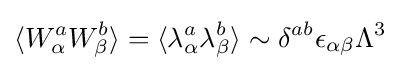
\langle W_{\alpha }^{a}W_{\beta }^{b}\rangle =\langle \lambda _{\alpha }^{a}\lambda _{\beta }^{b}\rangle \sim \delta ^{ab}\epsilon _{\alpha \beta }\Lambda ^{3}